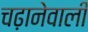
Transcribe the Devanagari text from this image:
चढ़ानेवाली